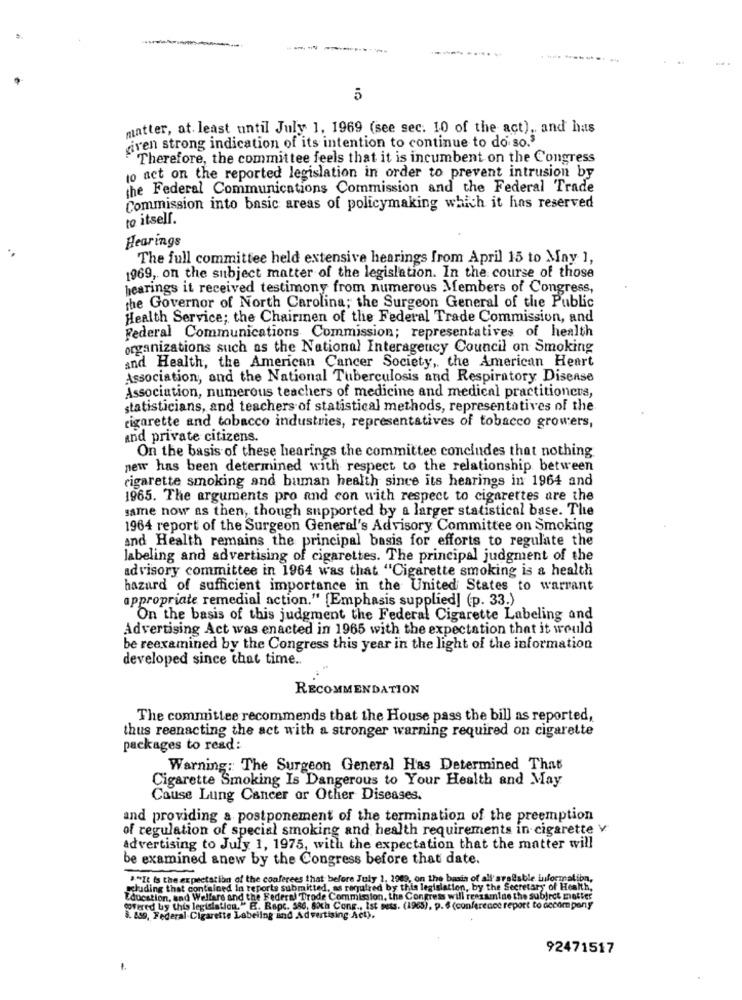
5
matter, at least until July 1, 1969 (see sec. 10 of the act), and has
iven strong indication of its intention to continue to do so.
Therefore, the committee feels that it is incumbent on the Congress
to act on the reported legislation in order to prevent intrusion by
the Federal Communications Commission and the Federal Trade
Commission into basic areas of policymaking which it has reserved
to itsell.
Hearings
The full committee held extensive hearings from April 15 to May 1,
1969, on the subject matter of the legislation. In the course of those
hearings it received testimony from numerous Members of Congress,
the Governor of North Carolina; the Surgeon General of the Public
Health Service; the Chairmen of the Federal Trade Commission, and
Federal Communications Commission; representatives of health
organizations such as the National Interagency Council on Smoking
and Health, the American Cancer Society ,, the American Heart
Association, and the National Tuberculosis and Respiratory Disease
Association, numerous teachers of medicine and medical practitioners,
statisticians, and teachers of statistical methods, representatives of the
cigarette and tobacco industries, representatives of tobacco growers,
and private citizens.
On the basis of these hearings the committee concludes that nothing.
new has been determined with respect to the relationship between
cigarette smoking and human health since its hearings in 1964 and
1965. The arguments pro and con with respect to cigarettes are the
same now as then, though supported by a larger statistical base. The
1964 report of the Surgeon General's Advisory Committee on Smoking
and Health remains the principal basis for efforts to regulate the
labeling and advertising of cigarettes. The principal judgment of the
advisory committee in 1964 was that "Cigarette smoking is a health
hazard of sufficient importance in the United States to warrant
appropriate remedial action." [Emphasis supplied] (p. 33.)
On the basis of this judgment the Federal Cigarette Labeling and
Advertising Act was enacted in 1965 with the expectation that it would
be reexamined by the Congress this year in the light of the information
developed since that time ..
. .
RECOMMENDATION
The committee recommends that the House pass the bill as reported,
thus reenacting the act with a stronger warning required on cigarette
packages to read:
Warning: The Surgeon General Has Determined That
Cigarette Smoking Is Dangerous to Your Health and May
Cause Lung Cancer or Other Diseases.
and providing a postponement of the termination of the preemption
of regulation of special smoking and health requirements in cigarette V
Advertising to July 1, 1975, with the expectation that the matter will
be examined anew by the Congress before that date.
"It is the expectation of the conferees that before July 1. 2909, on the basis of all'avalable information,
studing that contained in reports submitted, as required by this legislation, by the Secretary of Health,
Education, sad Welfare and the Federal Trade Commission, the Congress will reexamine the subject matter
covered by this legislation."E. Rapc. 586, Sich Cone ., Ist mess. (1965), p. 6 (conference report to decompany
8. 839, Federal Cigarette Labeling and Advertising Act).
92471517
1.